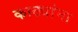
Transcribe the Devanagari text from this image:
काठ्यांना